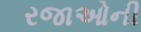
રજાઓની